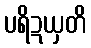
ပရိဍယှတိ